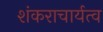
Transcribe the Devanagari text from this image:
शंकराचार्यत्व